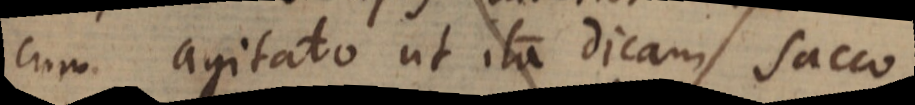
cum agitato ut ita dicam sacco